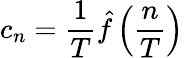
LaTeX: c_{n}={\frac{1}{T}}{\hat{f}}\left({\frac{n}{T}}\right)